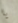
يا